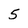
Character: 5